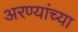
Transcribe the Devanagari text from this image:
अरण्यांच्या